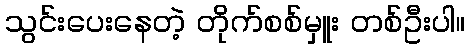
သွင်းပေးနေတဲ့ တိုက်စစ်မှူး တစ်ဦးပါ။